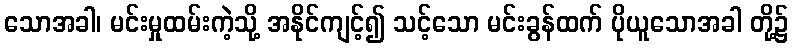
သောအခါ၊ မင်းမှုထမ်းကဲ့သို့ အနိုင်ကျင့်၍ သင့်သော မင်းခွန်ထက် ပိုယူသောအခါ တို့၌